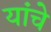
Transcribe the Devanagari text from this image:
यांंचे